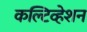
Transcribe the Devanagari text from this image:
कल्टिव्हेशन